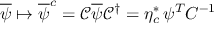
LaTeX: { \overline { { \psi } } } \mapsto { \overline { { \psi } } } ^ { c } = { \mathcal { C } } { \overline { { \psi } } } { \mathcal { C } } ^ { \dagger } = \eta _ { c } ^ { * } \, \psi ^ { T } C ^ { - 1 }